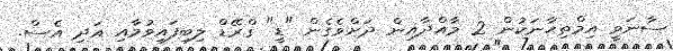
ސާނަވީ އިމްތިޙާނަކުން 2 މާއްދާއިން ދަށްވެގެން "ޑީ" ގްރޭޑް ލިބިފައިވުމާއި އަދި އެސް.